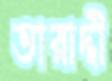
তারাদ্দী